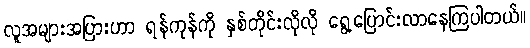
လူအများအပြားဟာ ရန်ကုန်ကို နှစ်တိုင်းလိုလို ရွေ့ပြောင်းလာနေကြပါတယ်။